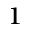
^ { 1 }